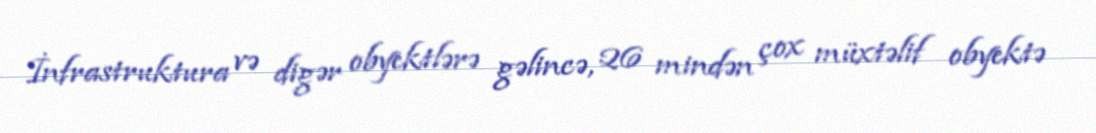
İnfrastruktura və digər obyektlərə gəlincə, 26 mindən çox müxtəlif obyektə